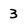
Character: 3